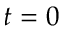
t = 0